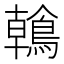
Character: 鶾